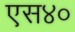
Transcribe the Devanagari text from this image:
एस४०